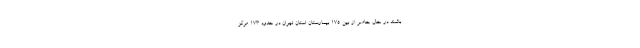
باشند در حال حاضر از بین ۱۷۵ بیمارستان استان تهران در حدود ۱۷۳ مرکز